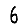
Digit: 6